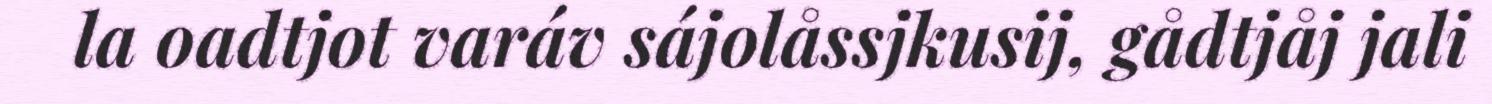
la oadtjot varáv sájolåssjkusij, gådtjåj jali